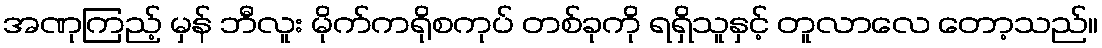
အဏုကြည့် မှန် ဘီလူး မိုက်ကရိုစကုပ် တစ်ခုကို ရရှိသူနှင့် တူလာလေ တော့သည်။